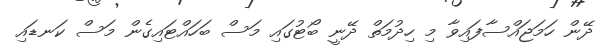
ދޭން ހަމަޖައްސާފައިވާ މި ހިދުމަތް ދޭނީ ބޯޓުގައި މަސް ބަހައްޓައިގެން މަސް ކަނޑައި